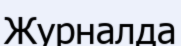
Журналда